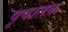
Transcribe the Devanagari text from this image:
पृषातक